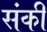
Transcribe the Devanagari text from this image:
संकी